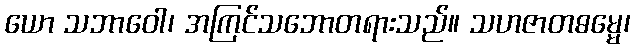
ယော သဘာဝေါ၊ အကြင်သဘောတရားသည်။ သဟဇာတဓမ္မေ၊